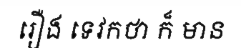
រឿង ទេវកថា ក៏ មាន